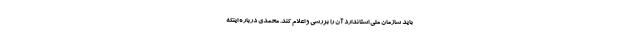
باید سازمان ملی استاندارد آن را بررسی و اعلام کند. محمدی درباره اینکه